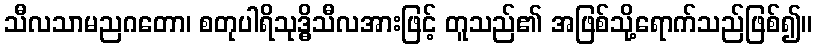
သီလသာမညဂတော၊ စတုပါရိသုဒ္ဓိသီလအားဖြင့် တူသည်၏ အဖြစ်သို့ရောက်သည်ဖြစ်၍။